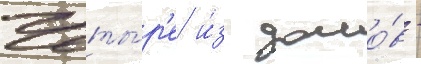
Четы́р'е и́з домо́в -